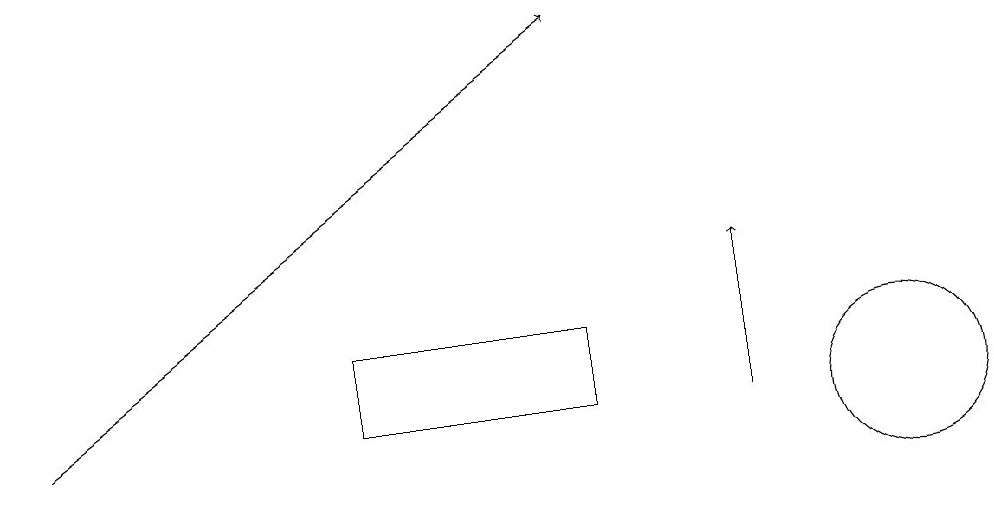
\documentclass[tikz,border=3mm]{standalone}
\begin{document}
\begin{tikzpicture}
\draw (7,12) rectangle (4,11);
\draw[->] (0,11) -- (7,16);
\draw[->] (9,11) -- (9,13);
\draw (11,11) circle (1);
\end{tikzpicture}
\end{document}